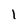
Character: l